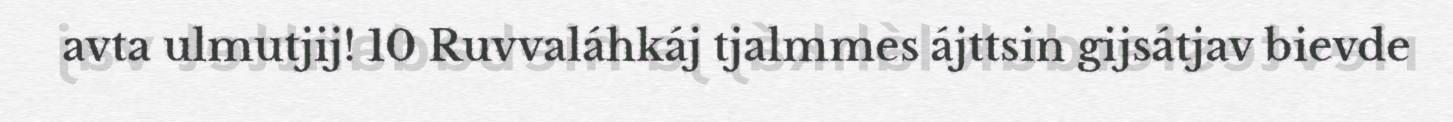
avta ulmutjij! 10 Ruvvaláhkáj tjalmmes ájttsin gijsátjav bievde